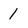
Character: 1